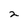
Character: 2